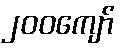
၂၀၀ကျော်